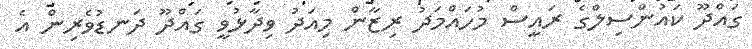
ގައްދޫ ކައުންސިލްގެ ރައީސް މުހައްމަދު ރިޒާން މިއަދު ވިދާޅުވީ ގައްދޫ ދަނޑުވެރިން އެ